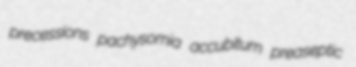
precessions pachysomia accubitum preaseptic